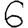
Digit: 6